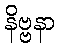
နိဗ္ဗနာ